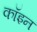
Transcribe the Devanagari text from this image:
कॉइन